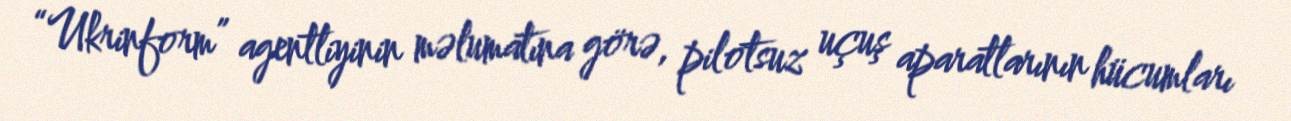
“Ukrinform” agentliyinin məlumatına görə, pilotsuz uçuş aparatlarının hücumları